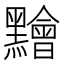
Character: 䵳